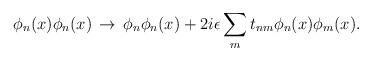
LaTeX: \begin{align*}\phi_{n}(x)\phi_{n}(x)\,\rightarrow\, \phi_{n}\phi_{n}(x)+2i\epsilon\sum_{m}t_{nm}\phi_{n}(x)\phi_{m}(x).\end{align*}